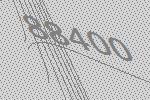
88400